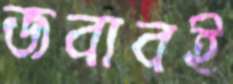
জবাবই